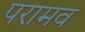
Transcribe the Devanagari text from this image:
परामव